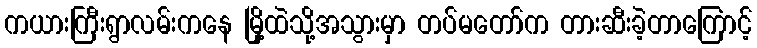
ကယားကြီးရွာလမ်းကနေ မြို့ထဲသို့အသွားမှာ တပ်မတော်က တားဆီးခဲ့တာကြောင့်